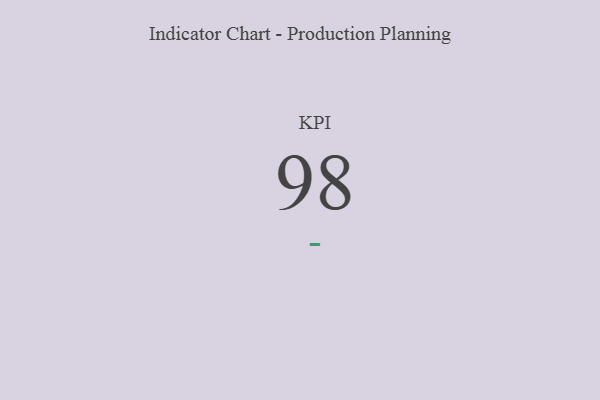
{"axis": {"x": "KPI", "y": "Value"}, "legend": [""], "data": [{"x": "KPI", "y": 98, "type": ""}]}